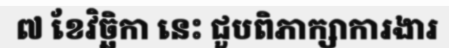
៧ ខែវិច្ឆិកា នេះ ជួបពិភាក្សាការងារ